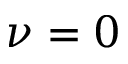
\nu = 0